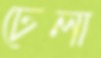
ঢেলা